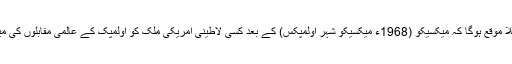
علاوہ ازیں یہ 48 سال بعد پہلا موقع ہوگا کہ میکسیکو (1968ء میکسیکو شہر اولمپکس) کے بعد کسی لاطینی امریکی ملک کو اولمپک کے عالمی مقابلوں کی میزبانی کا شرف حاصل ہوا ہو۔